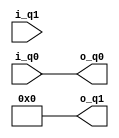
`timescale 1ns / 1ps
//////////////////////////////////////////////////////////////////////////////////
// Company: 
// Engineer: 
// 
// Design Name: 
// Module Name: Pauliz
// Project Name: 
// Target Devices: 
// Tool Versions: 
// Description: 
// 
// Dependencies: 
// 
// Revision:
// Revision 0.01 - File Created
// Additional Comments:
// 
//////////////////////////////////////////////////////////////////////////////////

//pauli z = [1 0; 0 -1]

module Pauliz(    
    input signed [31:0] i_q0,
    input signed [31:0] i_q1,
    output signed [31:0] o_q0,
    output signed [31:0] o_q1
    );
    
    reg signed [15:0] r_q1_r = 0;
    reg signed [15:0] r_q1_i = 0;
    
    reg signed [15:0] o_q1_r = 0;
    reg signed [15:0] o_q1_i = 0; 

    always@(*)begin
        o_q1_r <= 0 - r_q1_r;
        o_q1_i <= 0 - r_q1_i;
    end
    
    assign o_q0 = i_q0;
    assign o_q1 = {o_q1_r, o_q1_i};
    
endmodule